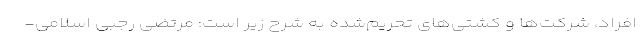
افراد، شرکت‌ها و کشتی‌های تحریم‌شده به شرح زیر است: مرتضی رجبی اسلامی-